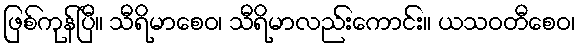
ဖြစ်ကုန်ပြီ။ သီရိမာစေဝ၊ သီရိမာလည်းကောင်း။ ယသဝတီစေဝ၊